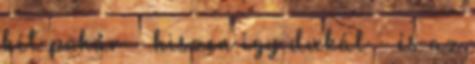
két pohár – hiszen így dukál – és az